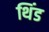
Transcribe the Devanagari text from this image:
थिंड